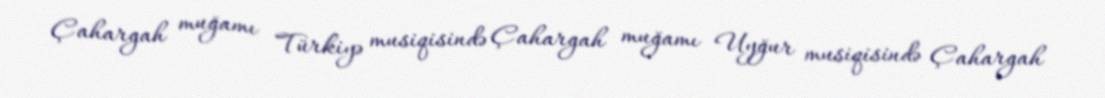
Çahargah muğamı Türkiyə musiqisində Çahargah muğamı Uyğur musiqisində Çahargah